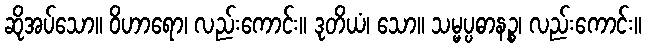
ဆိုအပ်သော။ ဝိဟာရော၊ လည်းကောင်း။ ဒုတိယံ၊ သော။ သမ္မပ္ပဓာနဉ္စ၊ လည်းကောင်း။